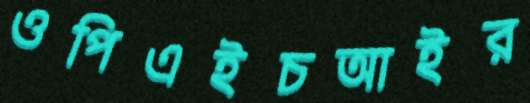
ওপিএইচআইর